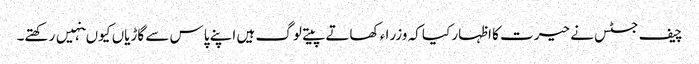
چیف جسٹس نے حیرت کا اظہار کیا کہ وزرا ء کھاتے پیتے لوگ ہیں اپنے پاس سے گاڑیاں کیو ںنہیں رکھتے۔